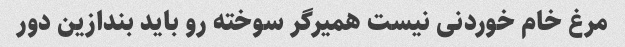
مرغ خام خوردنی نیست همیرگر سوخته رو باید بندازین دور